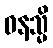
ဝနသ္မိ